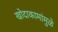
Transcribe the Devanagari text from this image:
खोदाकामांमुळे